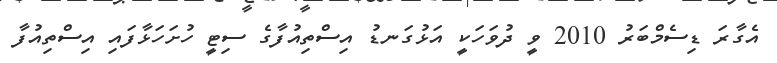
އެގާރަ ޑިސެމްބަރު 2010 ވީ ދުވަހަކީ އަޅުގަނޑު އިސްތިއުފާގެ ސިޓީ ހުށަހަޅާފައި އިސްތިއުފާ